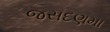
જસદણમા